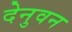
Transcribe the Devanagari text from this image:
देनुवन